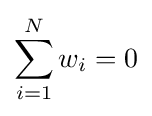
\sum _{i=1}^{N}w_{i}=0